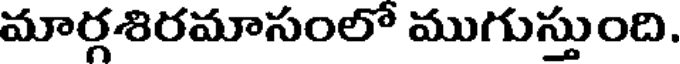
మార్గశిరమాసంలో ముగుస్తుంది.